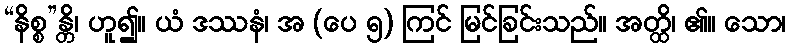
“နိစ္စ”န္တိ၊ ဟူ၍။ ယံ ဒဿနံ၊ အ (ပေ ၅) ကြင် မြင်ခြင်းသည်။ အတ္ထိ၊ ၏။ သော၊